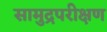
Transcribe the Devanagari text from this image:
सामुद्रपरीक्षण